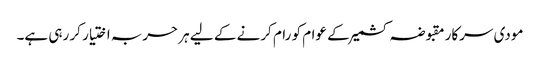
مودی سرکار مقبوضہ کشمیر کے عوام کو رام کرنے کے لیے ہر حربہ اختیار کر رہی ہے۔